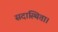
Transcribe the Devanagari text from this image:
सदास्थिता।